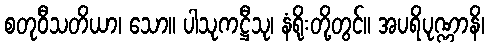
စတုဝီသတိယာ၊ သော။ ပါသုကဋ္ဌီသု၊ နံရိုးတို့တွင်။ အပရိပုဏ္ဏာနိ၊